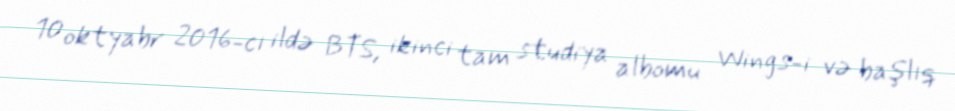
10 oktyabr 2016-cı ildə BTS, ikinci tam studiya albomu Wings-i və başlıq